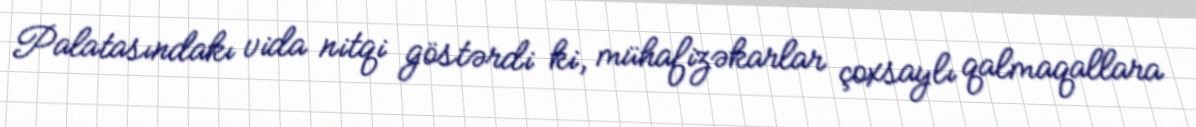
Palatasındakı vida nitqi göstərdi ki, mühafizəkarlar çoxsaylı qalmaqallara